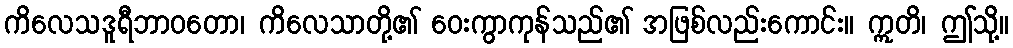
ကိလေသဒူရီဘာဝတော၊ ကိလေသာတို့၏ ဝေးကွာကုန်သည်၏ အဖြစ်လည်းကောင်း။ ဣတိ၊ ဤသို့။